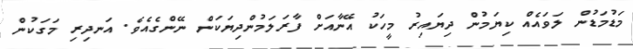
މަޑުމަޑުން ލަވައެއް ކިޔަމުން ދިޔައިރު މީހަކު އޭނާއަށް ފާރަލަމުންދިޔަކަން ނޭންގެއެވެ. އަނދިރި މަގަކުން